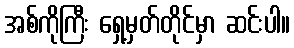
အစ်ကိုကြီး ရှေ့မှတ်တိုင်မှာ ဆင်းပါ။